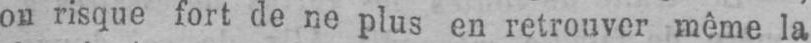
on risque fort de ne plus en retrouver même la